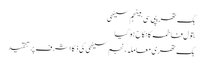
بگ تھریپی سی بینجم سیٹھی
بتول فاطمہ کا نکاح ہوگیا
بگ تھری معاملہ، نجم سیٹھی کی ذکا اشرف پر تنقید